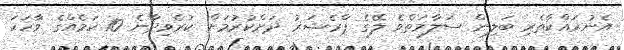
އެނުރައްކާާތެރި ބަލިން ސަލާމަތްވެ ލޭގެ ޕްރެޝަރު ދަށްކުރުމަށް ކުރެވިދާނެ 10 ކަމެއްގެ ވާހަކަ